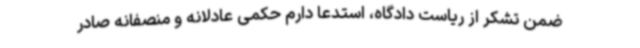
ضمن تشکر از ریاست دادگاه، استدعا دارم حکمی عادلانه و منصفانه صادر